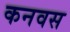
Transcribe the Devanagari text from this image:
कनवस